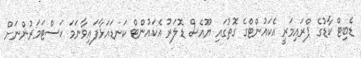
ޑެބިޓް ކާޑުގެ ޕްރައިމަރީ އެކައުންޓްގެ ގޮތުގައި ޔޫއެސް ޑޮލަރު އެކައުންޓް ކަނޑައަޅާފައިވާނަމަ ކަސްޓަމަރުންނަށް